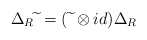
\begin{align*}\Delta_R\widetilde{\ } = (\widetilde{\ } \otimes id)\Delta_R\end{align*}